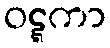
ဝဋ္ဋကာ